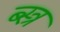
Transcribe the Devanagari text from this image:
ब्स्त्र